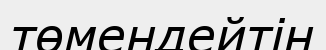
төмендейтін